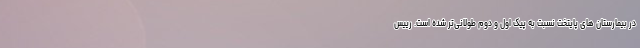
در بیمارستان های پایتخت نسبت به پیک اول و دوم طولانی‌تر شده است. رییس